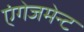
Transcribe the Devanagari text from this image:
एंगेजमेन्ट